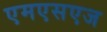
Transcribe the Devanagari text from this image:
एमएसएज